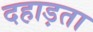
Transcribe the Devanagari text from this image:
दहाड़ता